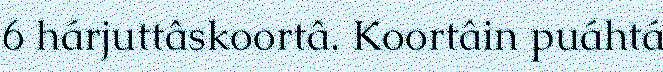
6 hárjuttâskoortâ. Koortâin puáhtá